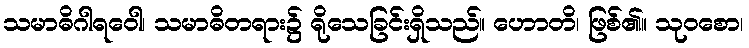
သမာဓိဂါရဝေါ၊ သမာဓိတရား၌ ရိုသေခြင်းရှိသည်။ ဟောတိ၊ ဖြစ်၏။ သုဝစော၊